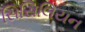
સિસિલિયન